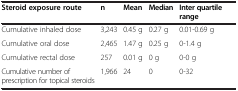
<table><thead><tr><td><b>Steroid exposure route</b></td><td><b>n</b></td><td><b>Mean</b></td><td><b>Median</b></td><td><b>Inter quartile range</b></td></tr></thead><tbody><tr><td>Cumulative inhaled dose</td><td>3,243</td><td>0.45 g</td><td>0.27 g</td><td>0.01-0.69 g</td></tr><tr><td>Cumulative oral dose</td><td>2,465</td><td>1.47 g</td><td>0.25 g</td><td>0-1.4 g</td></tr><tr><td>Cumulative rectal dose</td><td>257</td><td>0.01 g</td><td>0 g</td><td>0-0 g</td></tr><tr><td>Cumulative number of prescription for topical steroids</td><td>1,966</td><td>24</td><td>0</td><td>0-32</td></tr></tbody></table>